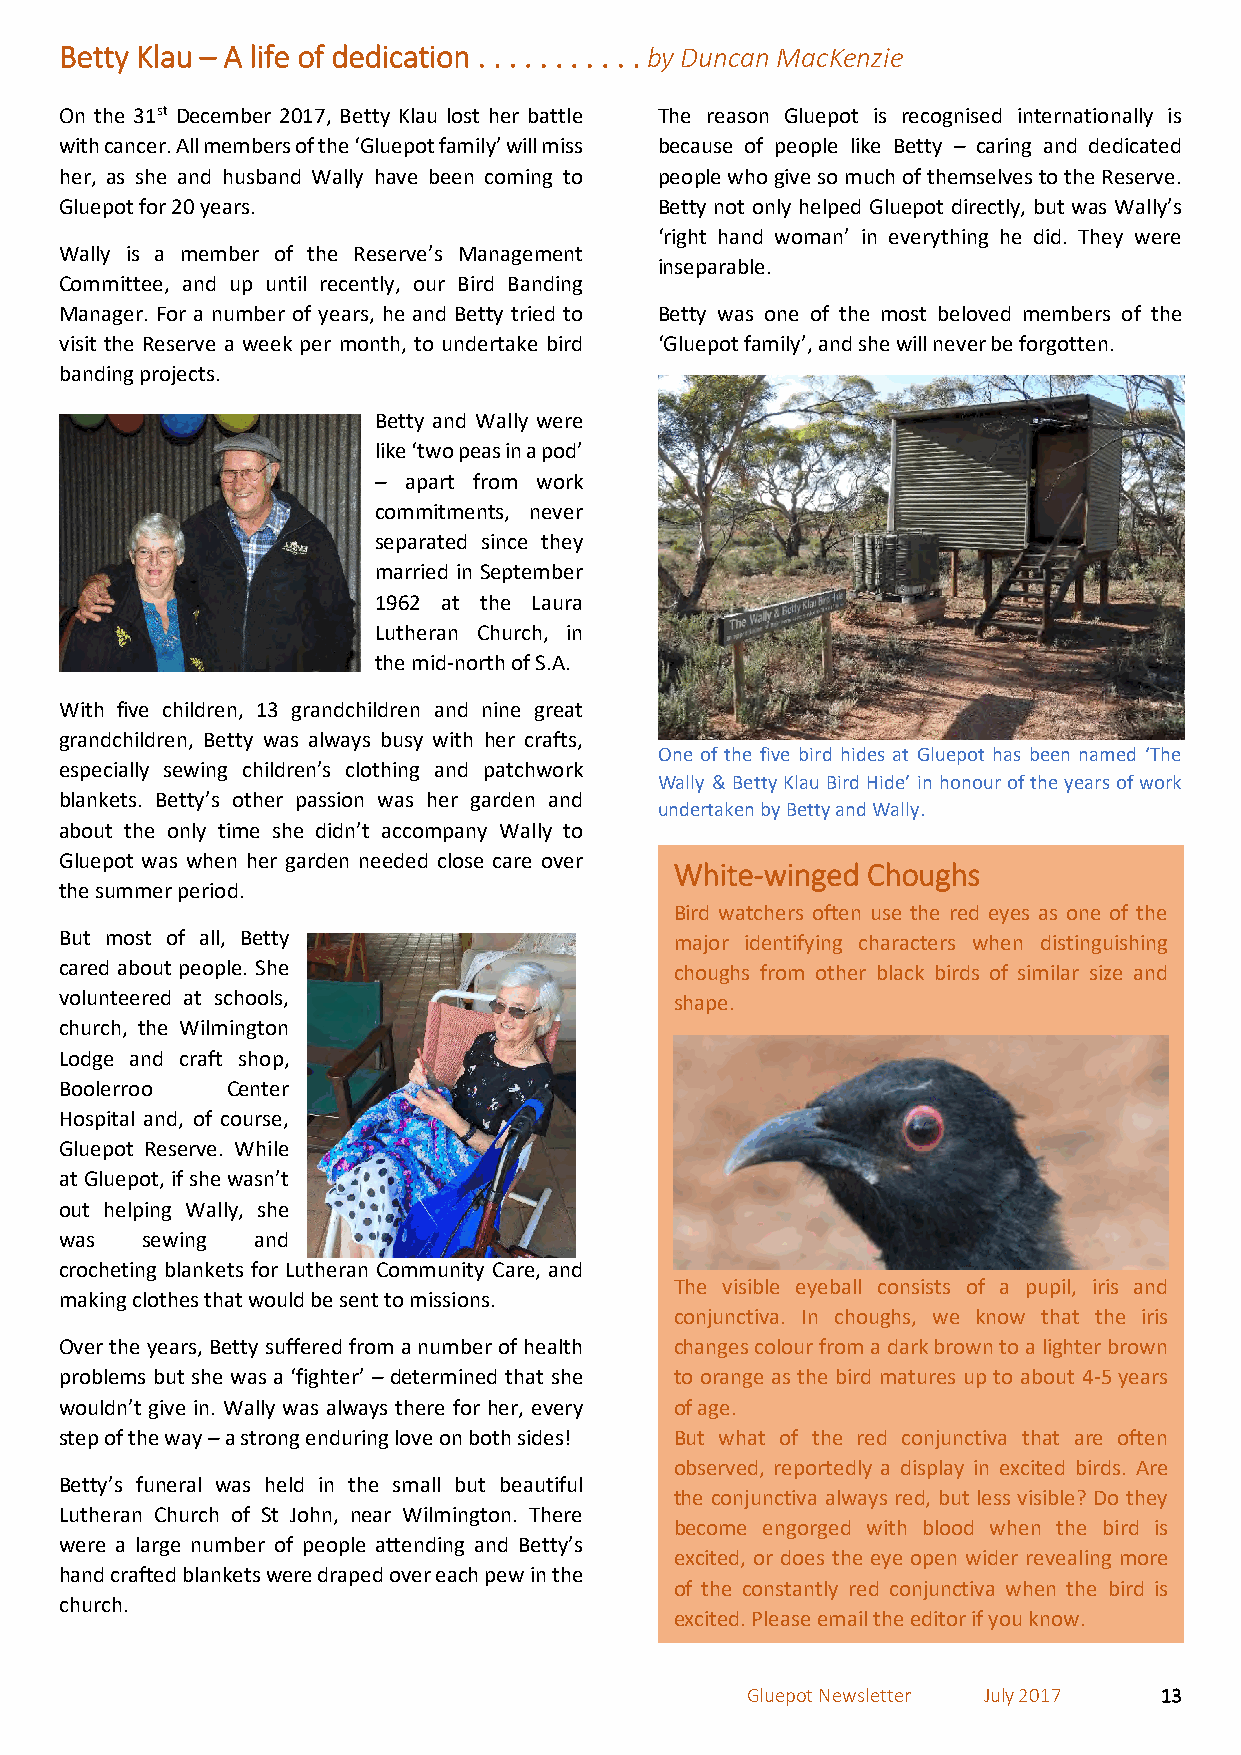
Betty Klau – A life of dedication . . . . . . . . . . . by Duncan MacKenzie
 On the 31st December 2017, Betty Klau lost her battle The reason Gluepot is recognised internationally is
 with cancer. All members of the ‘Gluepot family’ will miss because of people like Betty – caring and dedicated
 her, as she and husband Wally have been coming to people who give so much of themselves to the Reserve.
 Gluepot for 20 years.                   Betty not only helped Gluepot directly, but was Wally’s
 ‘right hand woman’ in everything he did. They were
 Wally is a member of the Reserve’s Management
 inseparable.
 Committee, and up until recently, our Bird Banding
 Manager. For a number of years, he and Betty tried to Betty was one of the most beloved members of the
 visit the Reserve a week per month, to undertake bird ‘Gluepot family’, and she will never be forgotten.
 banding projects.
 Betty and Wally were
 like ‘two peas in a pod’
 – apart from work
 commitments, never
 separated since they
 married in September
 1962 at the Laura
 Lutheran Church, in
 the mid-north of S.A.
 With five children, 13 grandchildren and nine great
 grandchildren, Betty was always busy with her crafts,
 One of the five bird hides at Gluepot has been named ‘The
 especially sewing children’s clothing and patchwork
 Wally & Betty Klau Bird Hide’ in honour of the years of work
 blankets. Betty’s other passion was her garden and
 undertaken by Betty and Wally.
 about the only time she didn’t accompany Wally to
 Gluepot was when her garden needed close care over
 White-winged Choughs
 the summer period.
 Bird watchers often use the red eyes as one of the
 But most of all, Betty                   major identifying characters when distinguishing
 cared about people. She                  choughs from other black birds of similar size and
 volunteered at schools,                  shape.
 church, the Wilmington
 Lodge and craft shop,
 Boolerroo  Center
 Hospital and, of course,
 Gluepot Reserve. While
 at Gluepot, if she wasn’t
 out helping Wally, she
 was  sewing  and
 crocheting blankets for Lutheran Community Care, and
 The visible eyeball consists of a pupil, iris and
 making clothes that would be sent to missions.
 conjunctiva. In choughs, we know that the iris
 Over the years, Betty suffered from a number of health changes colour from a dark brown to a lighter brown
 problems but she was a ‘fighter’ – determined that she to orange as the bird matures up to about 4-5 years
 wouldn’t give in. Wally was always there for her, every of age.
 step of the way – a strong enduring love on both sides! But what of the red conjunctiva that are often
 observed, reportedly a display in excited birds. Are
 Betty’s funeral was held in the small but beautiful
 the conjunctiva always red, but less visible? Do they
 Lutheran Church of St John, near Wilmington. There
 become engorged with blood when the bird is
 were a large number of people attending and Betty’s
 excited, or does the eye open wider revealing more
 hand crafted blankets were draped over each pew in the
 of the constantly red conjunctiva when the bird is
 church.
 excited. Please email the editor if you know.
 Gluepot Newsletter July 2017 13